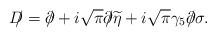
LaTeX: \begin{align*}D\!\!\!/=\partial\!\!\!/+i\sqrt{\pi}\partial\!\!\!/\widetilde\eta +i\sqrt\pi\gamma_5\partial\!\!\!/\sigma.\end{align*}